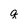
Character: q